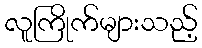
လူကြိုက်များသည့်